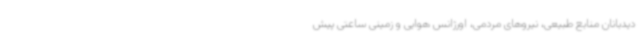
دیدبانان منابع طبیعی، نیروهای مردمی، اورژانس هوایی و زمینی ساعتی پیش